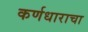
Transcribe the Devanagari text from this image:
कर्णधाराचा